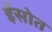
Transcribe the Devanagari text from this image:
ईसोत